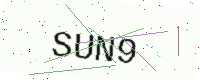
Text: SUN9